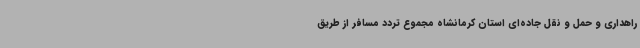
راهداری و حمل و نقل جاده‌ای استان کرمانشاه مجموع تردد مسافر از طریق